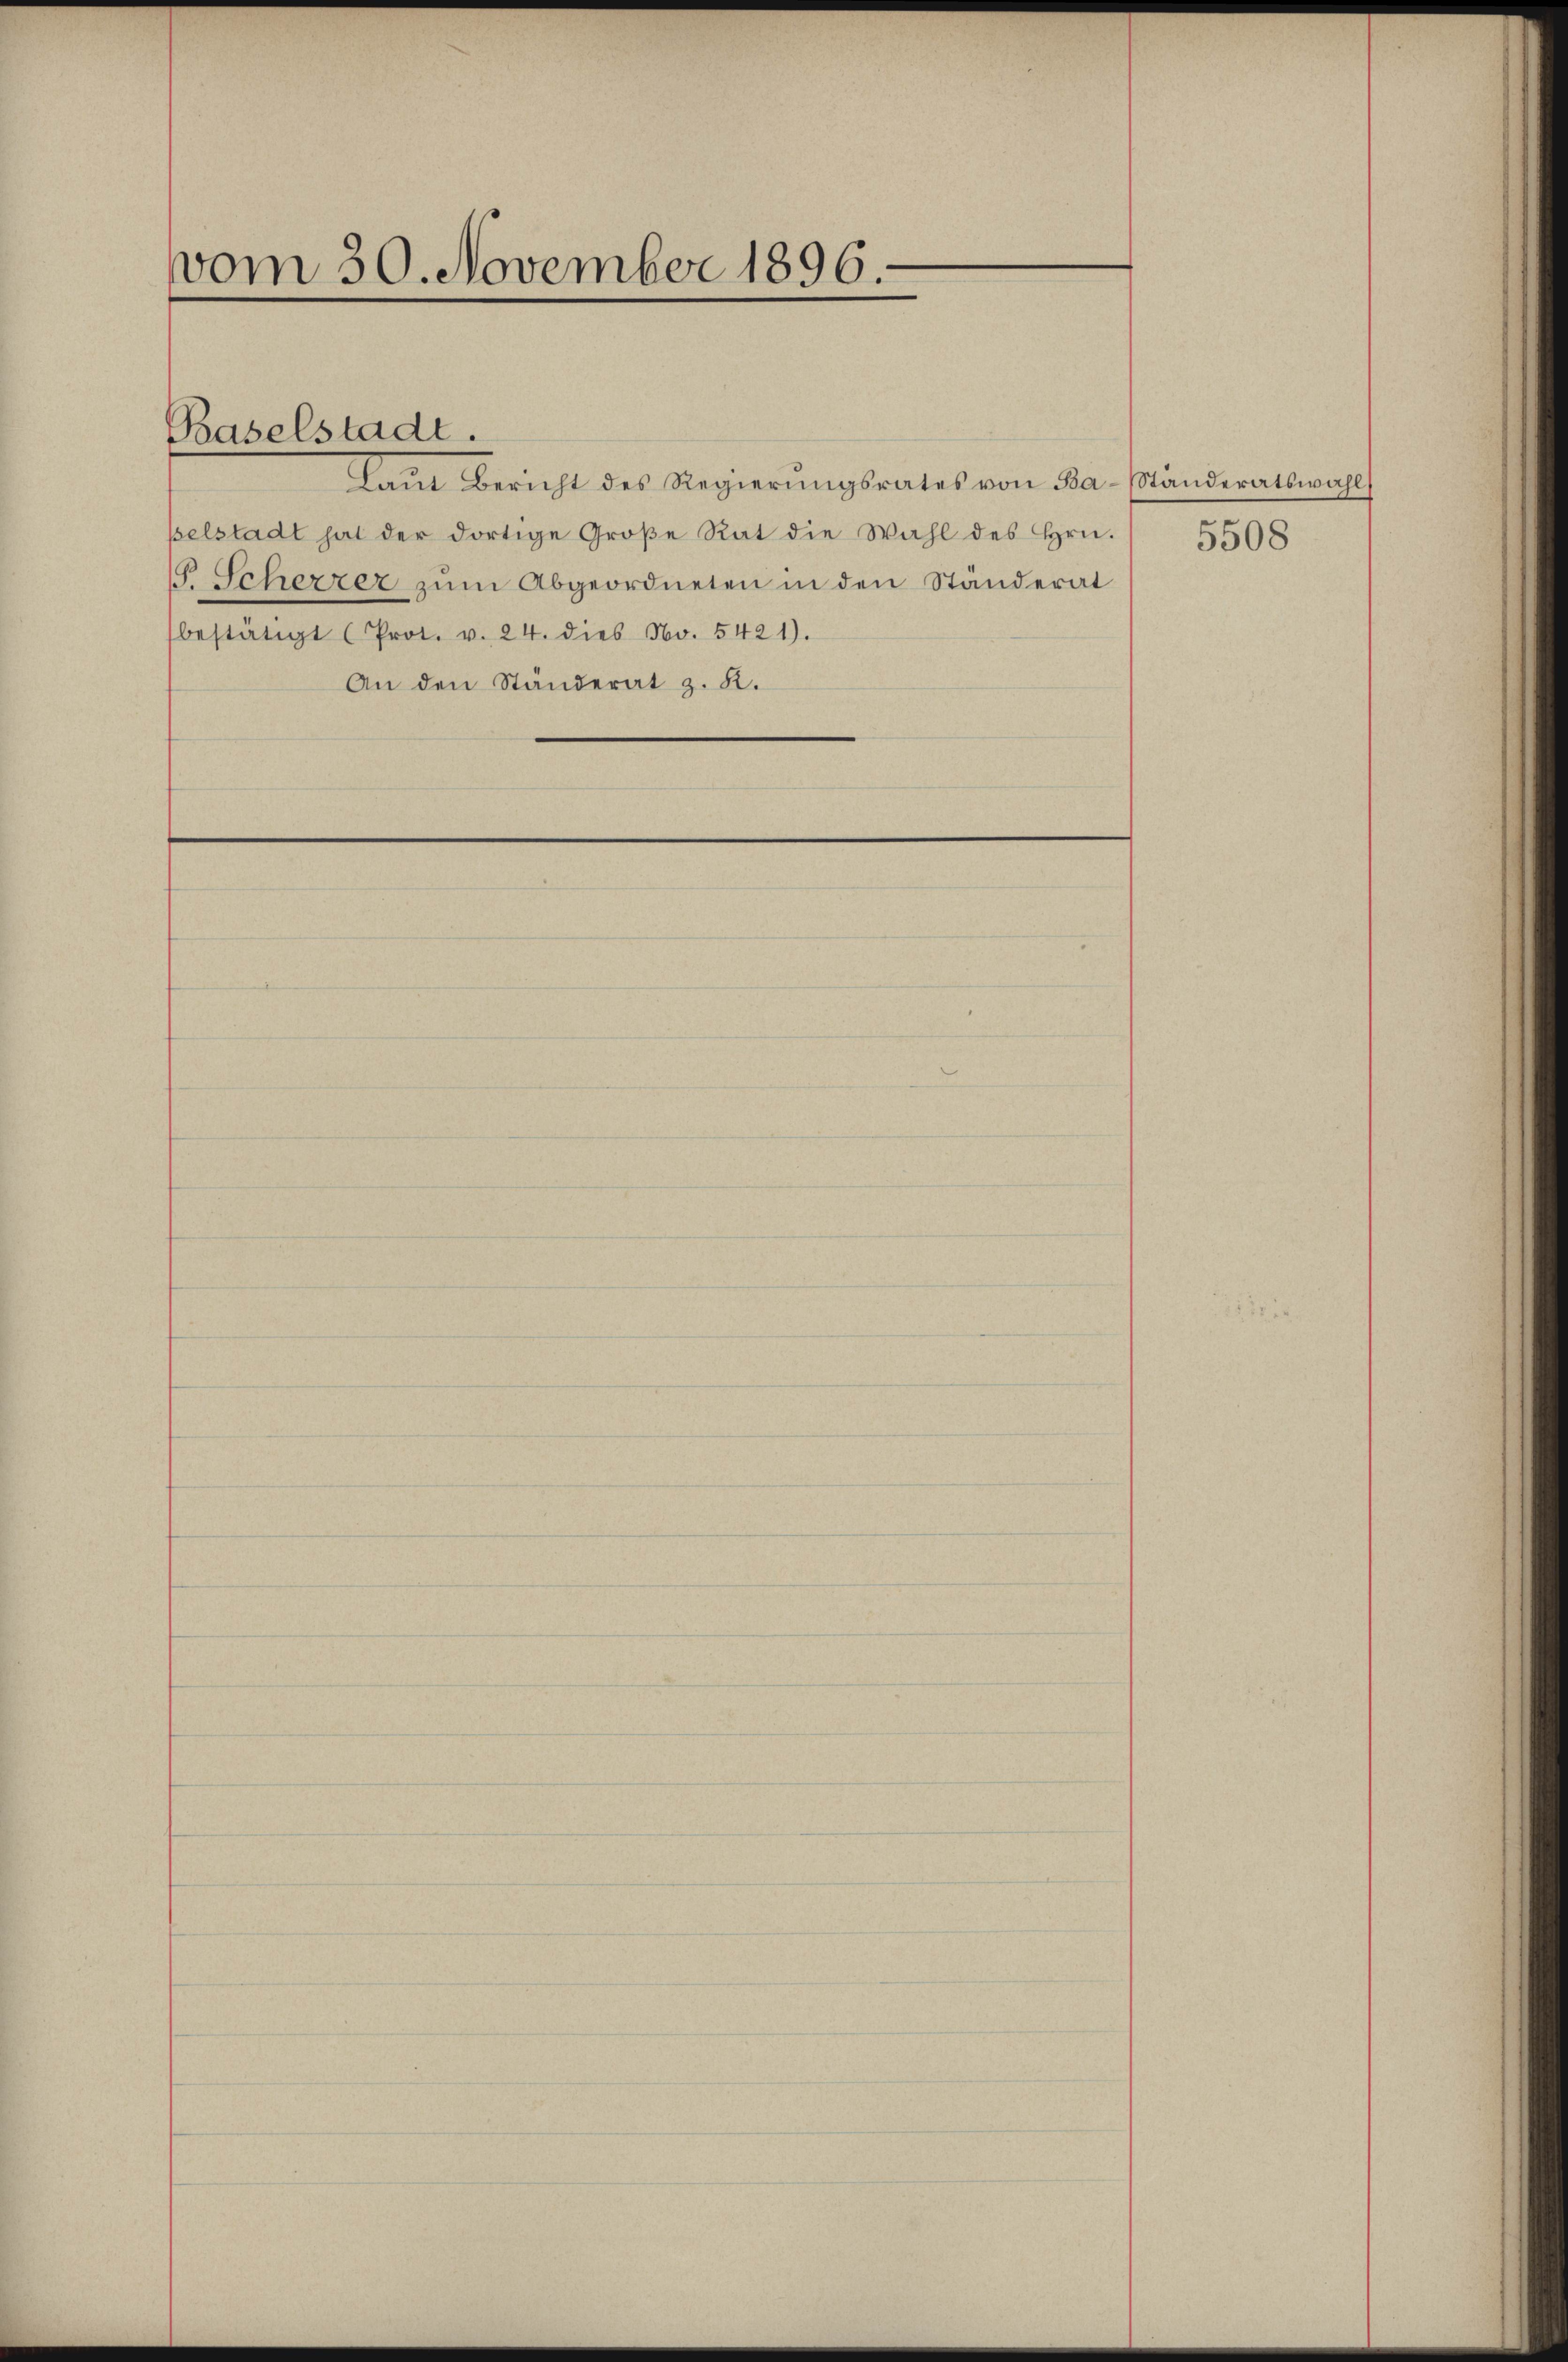
vom 30. November 1896.

Laŭt Bericht des Regierŭngsrates von Ba-Ständeratswahl
selstadt hat der dortige Große Rat die Wahl des Hrn.
18. Scherzer zum Abgeordneten in den Ständerat
bestätigt (Prot. v. 24. dies No. 5421).
An den Ständerat z. R.

Baselstadt.

5508